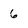
Character: 6